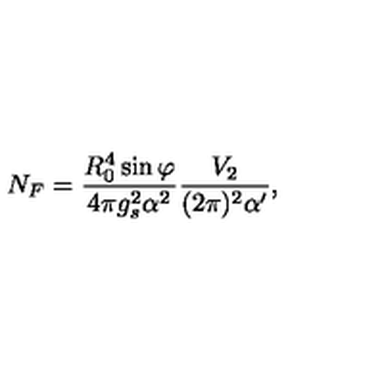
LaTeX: N _ { F } = \frac { R _ { 0 } ^ { 4 } \sin \varphi } { 4 \pi g _ { s } ^ { 2 } \alpha ^ { 2 } } \frac { V _ { 2 } } { ( 2 \pi ) ^ { 2 } \alpha ^ { \prime } } ,